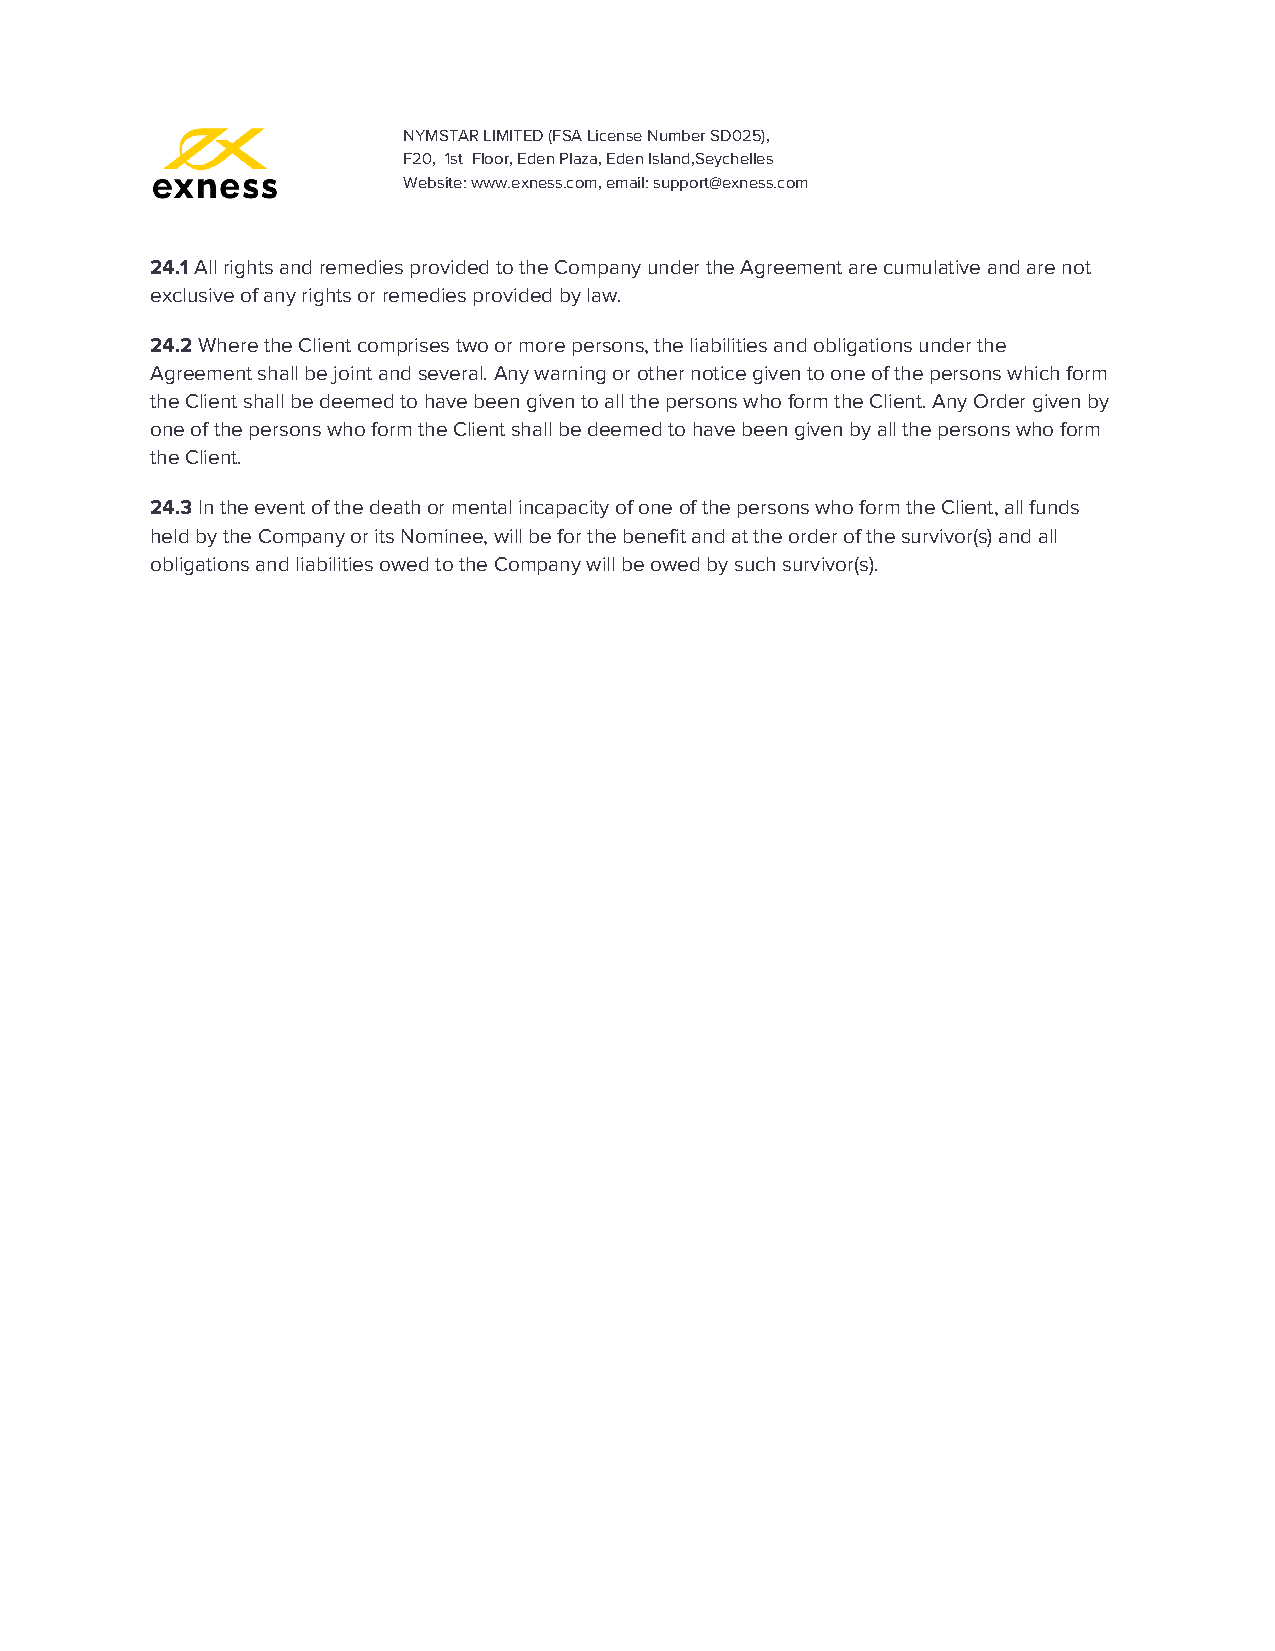
NYMSTAR LIMITED (FSA License Number SD025),
 F20, 1st Floor, Eden Plaza, Eden Island,Seychelles
 Website: www.exness.com, email: support@exness.com
 24.1 All rights and remedies provided to the Company under the Agreement are cumulative and are not
 ​
 exclusive of any rights or remedies provided by law.
 24.2 Where the Client comprises two or more persons, the liabilities and obligations under the
 ​
 Agreement shall be joint and several. Any warning or other notice given to one of the persons which form
 the Client shall be deemed to have been given to all the persons who form the Client. Any Order given by
 one of the persons who form the Client shall be deemed to have been given by all the persons who form
 the Client.
 24.3 In the event of the death or mental incapacity of one of the persons who form the Client, all funds
 ​
 held by the Company or its Nominee, will be for the benefit and at the order of the survivor(s) and all
 obligations and liabilities owed to the Company will be owed by such survivor(s).